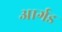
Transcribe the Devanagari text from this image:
आर्गड